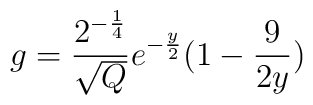
g =\frac{2^{-\frac{1}{4}}}{\sqrt{Q}}e^{-\frac{y}{2}}(1-\frac{9}{2y})